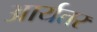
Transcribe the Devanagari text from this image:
आर्यतर